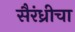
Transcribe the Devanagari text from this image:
सैरंध्रीचा